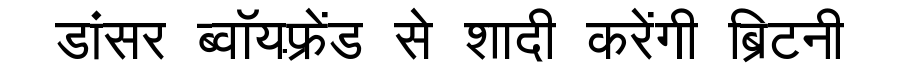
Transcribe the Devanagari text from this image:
डांसर ब्वॉयफ़्रेंड से शादी करेंगी ब्रिटनी